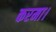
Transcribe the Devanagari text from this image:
करमा।